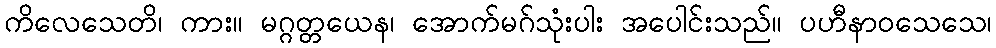
ကိလေသေတိ၊ ကား။ မဂ္ဂတ္တယေန၊ အောက်မဂ်သုံးပါး အပေါင်းသည်။ ပဟီနာဝသေသေ၊